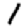
Digit: 1